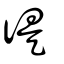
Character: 徥